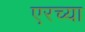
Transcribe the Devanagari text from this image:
एरच्या